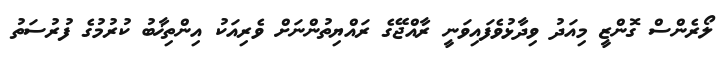
ލޯރެންސް ގޮންޒީ މިއަދު ވިދާޅުވެފައިވަނީ ރާއްޖޭގެ ރައްޔިތުންނަށް ވެރިއަކު އިންތިޚާބު ކުރުމުގެ ފުރުސަތު